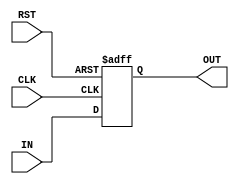
module D_FF(
    input RST,
    input CLK,
    input [3:0] IN,
    output [3:0] OUT
  );
  reg [3:0] D_FF_reg;

  always @(posedge CLK or negedge RST) begin
    if (RST == 0) D_FF_reg = 4'h0;
    else D_FF_reg = IN;
  end

  assign OUT = D_FF_reg;

endmodule // D_FF